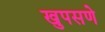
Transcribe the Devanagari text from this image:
खुपसणे